Report of the Indian Hemp Drugs Commission, 1894-1895 - Volume VI
Year: 1894
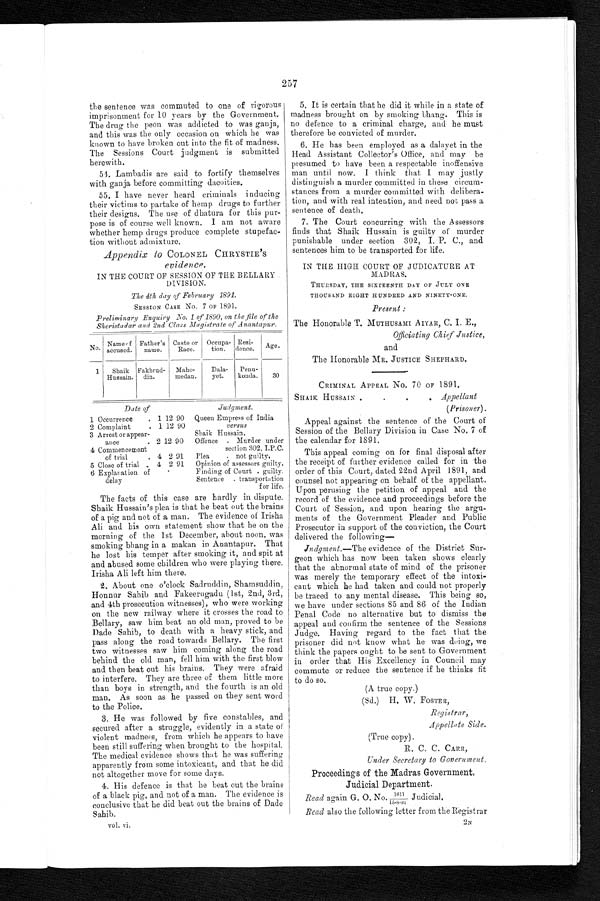
the sentence was commuted to one of rigorous
imprisonment for 10 years by the Government.
The drug the peon was addicted to was ganja,
and this was the only occasion on which he was
known to have broken out into the fit of madness.
The Sessions Court judgment is submitted
herewith.
54. Lambadis are said to fortify themselves
with ganja before committing dacoities.
55. I have never heard criminals inducing
their victims to partake of hemp drugs to further
their designs. The use of dhatura for this pur-
pose is of course well known. I am not aware
whether hemp drugs produce complete stupe
fac-tion without admixture.
Appendix to COLONEL CHRYSTIE'S
evidence.
IN THE COURT OF SESSION OF THE BELLARY
DIVISION.
The 4th day of February 1891.
SESSION CASE No. 7 OF 1891.
Preliminary Enquiry No. 1 of 1890, on the file of the
Sheristadar and 2nd Class Magistrate of Anantapur.
No. Name of
accused.
Father's
name.
Caste or
Race.
Occupa-
tion.
Resi-
dence.
Ag e .
1
Shaik
Hussain.
Fakhru d - d i n Maho-
medan.
Dala-
yet.
Penu-
konda.
30
Date of
Judgment.
1 Occurrence . 1 12 90 Queen Empress of India
2 Complaint . 1 12 90
versus
3 Arrest or appear-
ance . 2 12 90
Shaik Hussain.
Offence . Murder under
4 Commencement
of trial . 4 2 91
section 302, I.P.C.
Plea . not guilty.
5 Close of trial . 4 2 91
Opinion of assessors guilty.
6 Explanation of
d e l a y .
Finding of Court . guilty.
Sentence . transportation
for life.
The facts of this case are hardly in dispute.
Shaik Hussain's plea is that he beat out the brains
of a pig and not of a man. The evidence of Irisha
Ali and his own statement show that he on the
morning of the 1st December, about noon, was
smoking bhang in a makan in Anantapur. That
he lost his temper after smoking it, and spit at
and abused some children who were playing there.
Irisha Ali left him there.
2. About one o'clock Sadruddin, Shamsuddin,
Honnur Sahib and Fakeerugadu (1st, 2nd, 3rd,
and 4th prosecution witnesses), who were working
on the new railway where it crosses the road to
Bellary, saw him beat an old man, proved to be
Dade Sahib, to death with a heavy stick, and
pass along the road towards Bellary. The first
two witnesses saw him coming along the road
behind the old man, fell him with the first blow
and then beat out his brains. They were afraid
to interfere. They are three of them little more
than boys in strength, and the fourth is an old
man. As soon as he passed on they sent word
to the Police.
3. He was followed by five constables, and
secured after a struggle, evidently in a state of
violent madness, from which he appears to have
been still suffering when brought to the hospital.
The medical evidence shows that he was suffering
apparently from some intoxicant, and that he did
not altogether move for some days.
4. His defence is that he beat out the brains
of a black pig, and not of a man. The evidence is
conclusive that he did beat out the brains of Dade
Sahib.
vol. vi.
257
5. It is certain that he did it while in a state of
madness brought on by smoking bhang. This is
no defence to a criminal charge, and : he must
therefore be convicted of murder.
6. He has been employed as a dalayet in the
Head Assistant Collector's Office, and may be
presumed to have been a respectable inoffensive
man until now. I think that I may justly
distinguish a murder committed in these circum
-stances from a murder committed with delibera
-tion, and with real intention, and need not pass a
sentence of death.
7. The Court concurring with the Assessors
finds that Shaik Hussain is guilty of murder
punishable under section 302, I. P. C., and
sentences him to be transported for life.
IN THE HIGH COURT OF JUDICATURE AT
MADRAS.
THURSDAY, THE SIXTEENTH DAY OF JULY ONE
THOUSAND EIGHT HUNDRED AND NINETY-ONE.
Present :
The Honorable T. MUTHUSAMI AIYAR, C. I. E.,
Officiating Chief Justice,
and
The Honorable MR. JUSTICE SHEPHARD,
CRIMINAL APPEAL No. 70 OF 1891.
SHAIK HUSSAIN . . . . Appellant
(Prisoner).
Appeal against the sentence of the Court of
Session of the Bellary Division in Case No. 7 of
the calendar for 1891.
This appeal coming on for final disposal after
the receipt of further evidence called for in the
order of this Court, dated 22nd April 1891, and
counsel not appearing on behalf of the appellant.
Upon perusing the petition of appeal and the
record of the evidence and proceedings before the
Court of Session, and upon hearing the argu-
ments of the Government Pleader and Public
Prosecutor in support of the conviction, the Court
delivered the following
—
'
Judgment.—The evidence of the District Sur-
geon which has now been taken shows clearly
that the abnormal state of mind of the prisoner
was merely the temporary effect of the intoxi-
cant which he had taken and could not properly
be traced to any mental disease. This being so,
we have under sections 85 and 86 of the Indian
Penal Code no alternative but to dismiss the
appeal and confirm the sentence of the Sessions
Judge. Having regard to the fact that the
prisoner did not know what he was doing, we
think the papers ought to be sent to Government
in order that His Excellency in Council may
commute or reduce the sentence if he thinks fit
to do so.
(A true copy.)
Registrar,
Appellate Side.
(True copy).
R. C. C. CARR,
Under Secretary to Government.
Proceedings of the Madras Government,
Judicial Department.
Read again G. O. No. 1611/15-8-91 Judicial.
Read also the following letter from the Registrar
2N